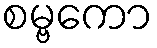
စမ္ဗကော